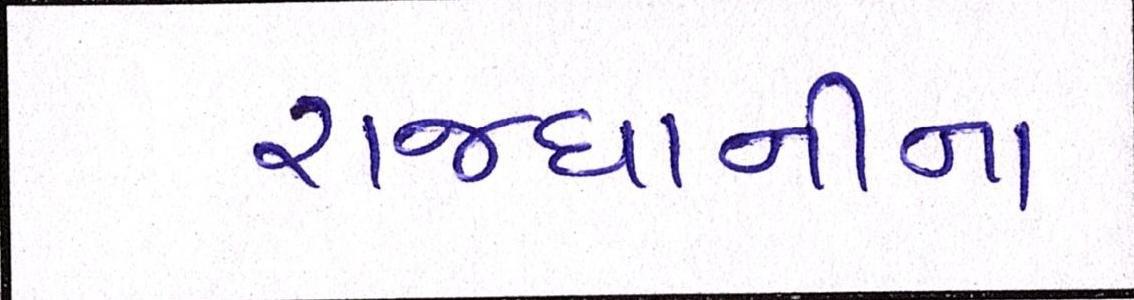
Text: રાજધાનીના